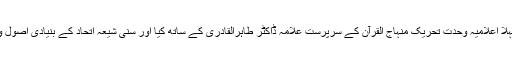
سب سے پہلا اعلامیہ وحدت تحریک منہاج القرآن کے سرپرست علامہ ڈاکٹر طاہرالقادری کے ساتھ کیا اور سنی شیعہ اتحاد کے بنیادی اصول وضع کئے۔